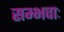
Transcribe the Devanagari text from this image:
सम्भवाः